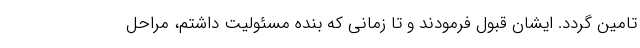
تامین گردد. ایشان قبول فرمودند و تا زمانی که بنده مسئولیت داشتم، مراحل